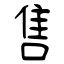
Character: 售